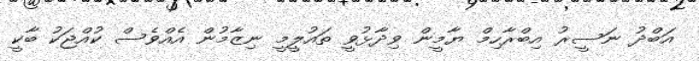
އަބްދު ނަސީރު އިބްރާހިމް ޔާމީން ވިދާޅުވީ ތައުލީމީ ނިޒާމުން އެއްވެސް ކުއްޖަކު ބާކީ